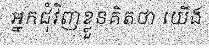
អ្នកជុំវិញខ្លួនគិតថា យើង